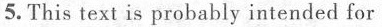
5. This text is probably intended for